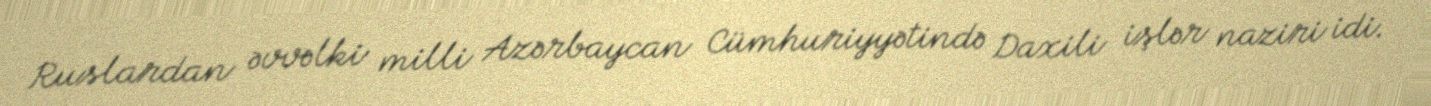
Ruslardan əvvəlki milli Azərbaycan Cümhuriyyətində Daxili işlər naziri idi.